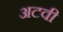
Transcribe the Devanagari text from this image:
अटवी